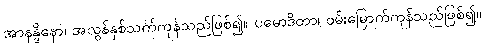
အာနန္ဒိနော၊ အလွန်နှစ်သက်ကုန်သည်ဖြစ်၍။ ပမောဒိတာ၊ ဝမ်းမြောက်ကုန်သည်ဖြစ်၍။